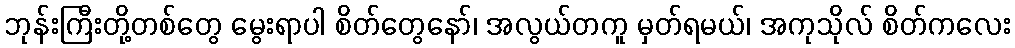
ဘုန်းကြီးတို့တစ်တွေ မွေးရာပါ စိတ်တွေနော်၊ အလွယ်တကူ မှတ်ရမယ်၊ အကုသိုလ် စိတ်ကလေး